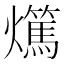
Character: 𤒘